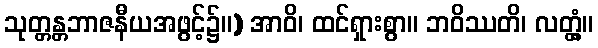
သုတ္တန္တဘာဇနီယအဖွင့်၌။) အာဝိ၊ ထင်ရှားစွာ။ ဘဝိဿတိ၊ လတ္တံ့။